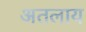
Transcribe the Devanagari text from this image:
अतलाय